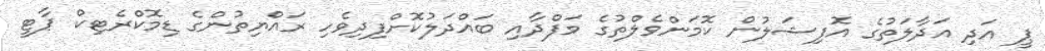
ޕީ އަދި އަދާލަތުގެ އޮފިޝަލުން ކޮމަންވެލްތުގެ ވަފްދާއި ބައްދަލުކޮށްފިދިވެހި ރައްޔިތުންގެ ޑިމޮކްރެޓިކް ޕާޓީ